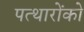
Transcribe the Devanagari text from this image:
पत्थारोंको